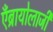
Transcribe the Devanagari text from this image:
एँब्रायोलाजी